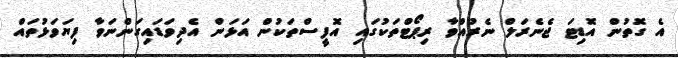
އެ ގޮތުން އޮޑިޓަ ޖެނެރަލް ނެރުއްވާ ރިޕޯޓްތަކުގައި އޮފީސްތަކުން އަޅަން އެދިވަޑައިގަންނަވާ ފިޔަވަޅުތައް